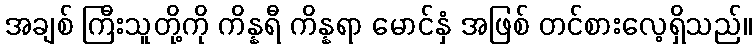
အချစ် ကြီးသူတို့ကို ကိန္နရီ ကိန္နရာ မောင်နှံ အဖြစ် တင်စားလေ့ရှိသည်။